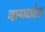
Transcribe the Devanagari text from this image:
व्हायादारेस